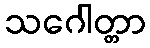
သဂေါတ္တာ